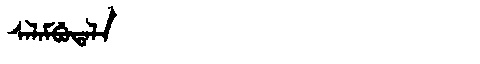
Manchu: ᠰᠠᠯᠠᠮᠪᡠᡨᠠᠯᠠ
Romanization: SALAMBUTALA